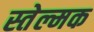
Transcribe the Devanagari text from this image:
स्तेल्मक